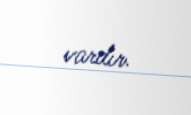
vardır.